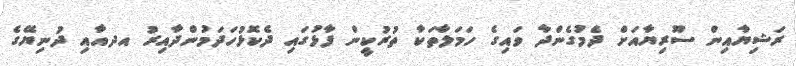
ރަޝިޔާއިން ސޫރިޔާއަށް ދެމުގެންދާ ވައިގެ ހަމަލާތަކާ ތުރުކީން ފާޅުގައި ދެކޮޅުހަދަމުންދާއިރު އދއާއި ދުނިޔޭގެ